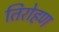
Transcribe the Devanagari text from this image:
तिरोहण